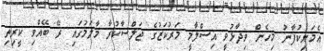
އެމަނިކުފާނު މިހެން ވިދާޅުވީ އިސްލާމީ މަރުކަޒުގެ ޖަލްސާކުރާ މާލަމުގައި ރޭ ބޭއްވި ކީރިތި